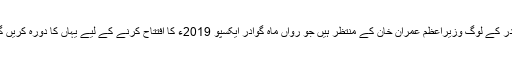
گوادر کے لوگ وزیراعظم عمران خان کے منتظر ہیں جو رواں ماہ گوادر ایکسپو 2019ء کا افتتاح کرنے کے لیے یہاں کا دورہ کریں گے۔